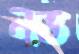
নভ